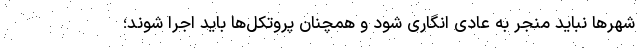
شهرها نباید منجر به عادی انگاری شود و همچنان پروتکل‌ها باید اجرا شوند؛